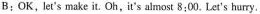
B:OK,let's make it. Oh, it's almost 8:00. Lat's hurry.